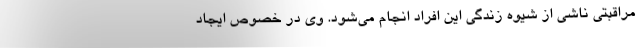
مراقبتی ناشی از شیوه زندگی این افراد انجام می‌شود. وی در خصوص ایجاد